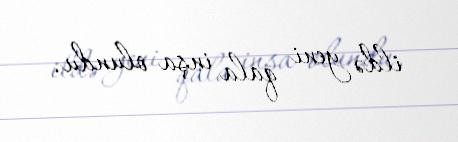
ildə yeni qala inşa olundu.